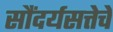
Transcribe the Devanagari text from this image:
सौंदर्यसत्तेचे